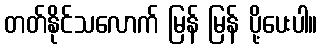
တတ်နိုင်သလောက် မြန် မြန် ပို့ပေးပါ။